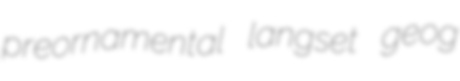
preornamental langset geog